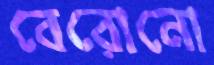
বেরোনো